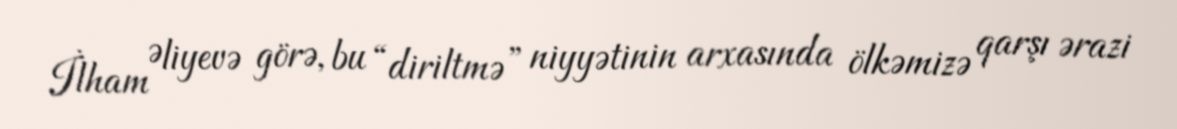
İlham Əliyevə görə, bu “diriltmə” niyyətinin arxasında ölkəmizə qarşı ərazi